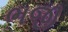
ભજી